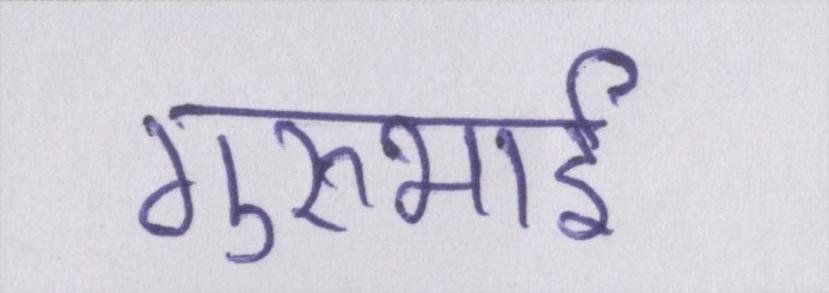
गुरुभाई